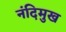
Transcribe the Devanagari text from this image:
नंदिमुख